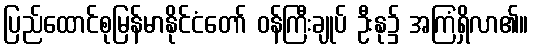
ပြည်ထောင်စုမြန်မာနိုင်ငံတော် ဝန်ကြီးချုပ် ဦးနု၌ အကြံရှိလာ၏။